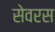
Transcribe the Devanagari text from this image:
सेवरस